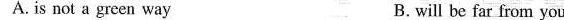
A.is not a green way B.will be far from you